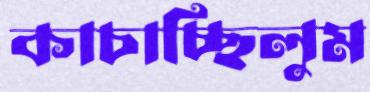
কাচাচ্ছিলুম